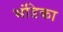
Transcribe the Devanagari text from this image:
भंडिका